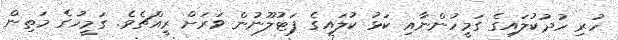
ހުރި ހުދުކުލައިގެ ގަމީހުންނާއި ކަޅު ކުލައިގެ ފަޓުލޫނުން ވަރަށް ރީއްޗެވެ. ގަމީހުގެ މަތިން